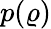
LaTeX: p(\varrho)